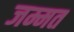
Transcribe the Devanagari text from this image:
जम्मत